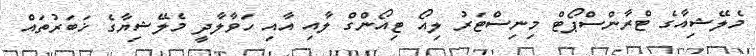
މެލޭޝިއާގެ ޓްރާންސްޕޯޓް މިނިސްޓަރު ލިއޯ ޓިއޯންގް ލާއި އާއި ހަވާލާދީ މެލޭޝިޔާގެ ޚަބަރުތައް